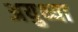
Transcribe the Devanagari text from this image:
अयुथ्या